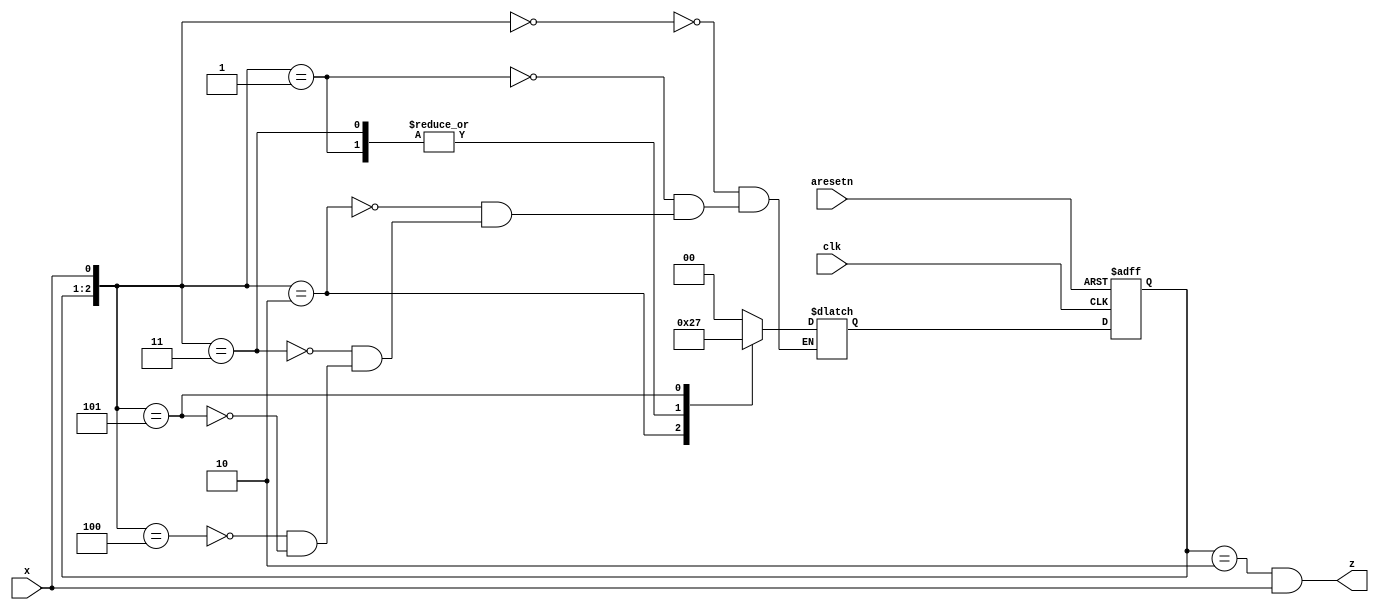
module top_module (
    input clk,
    input aresetn,    // Asynchronous active-low reset
    input x,
    output z ); 

    parameter idle=2'd0, one=2'd1, two=2'd2, three=2'd3;
    reg	[1:0]	state, next_state;
    
    always@(*) begin
        case({state, x})
            {idle, 1'b0}:	next_state = idle;
            {idle, 1'b1}:	next_state = one;
            {one, 1'b0}:	next_state = two;
            {one, 1'b1}:	next_state = one;
            {two, 1'b0}:	next_state = idle;
            {two, 1'b1}:	next_state = three;
        endcase
    end
    
    always@(posedge clk or negedge aresetn) begin
        if(~aresetn)
            state <= idle;
        else
            state <= next_state;
    end
    
    assign	z = (state == two && x == 1'b1);
    
endmodule

/* 
*
    * module top_module (
        input clk,
        input aresetn,
        input x,
        output reg z
);

        // Give state names and assignments. I'm lazy, so I like to use decimal numbers.
        // It doesn't really matter what assignment is used, as long as they're unique.
        parameter S=0, S1=1, S10=2;
        reg[1:0] state, next;           // Make sure state and next are big enough to hold the state encodings.



        // Edge-triggered always block (DFFs) for state flip-flops. Asynchronous reset.
        always@(posedge clk, negedge aresetn)
                if (<= S;
                else
                        state <= next;



    // Combinational always block for state transition logic. Given the current state and inputs,
    // what should be next state be?
    // Combinational always block: Use blocking assignments.
        always@(*) begin
                case (state)
                        S: next = x ? S1 : S;
                        S1: next = x ? S1 : S10;
                        S10: next = x ? S1 : S;
                        default: next = 'x;
                endcase
        end



        // Combinational output logic. I used a combinational always block.
        // In a Mealy state machine, the output depends on the current state *and*
        // the inputs.
        always@(*) begin
                case (state)
                        S: z = 0;
                        S1: z = 0;
                        S10: z = x;             // This is a Mealy state machine: The output can depend (combinational) on the input.
                        default: z = 1'bx;
                endcase
        end

endmodule